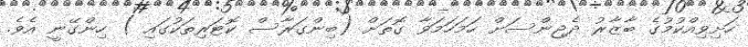
ހަށިވިއްކުމުގެ ބާޒާރު ދެޖިންސަށް ހަމަހަމަވާ ގޮތަށް (ބިންގަރާސް ކޮޓަރިތަކުގައި ) ހިންގޭނީ އެވެ.